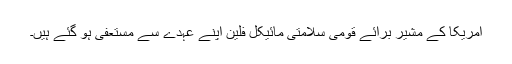
امریکا کے مُشیر برائے قومی سلامتی مائیکل فلین اپنے عہدے سے مستعفی ہو گئے ہیں۔